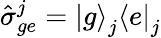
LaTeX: \hat{\sigma}_{ge}^{j}=\mathinner{|{g}\rangle}_{j}\mathinner{\langle{e}|}_{j}